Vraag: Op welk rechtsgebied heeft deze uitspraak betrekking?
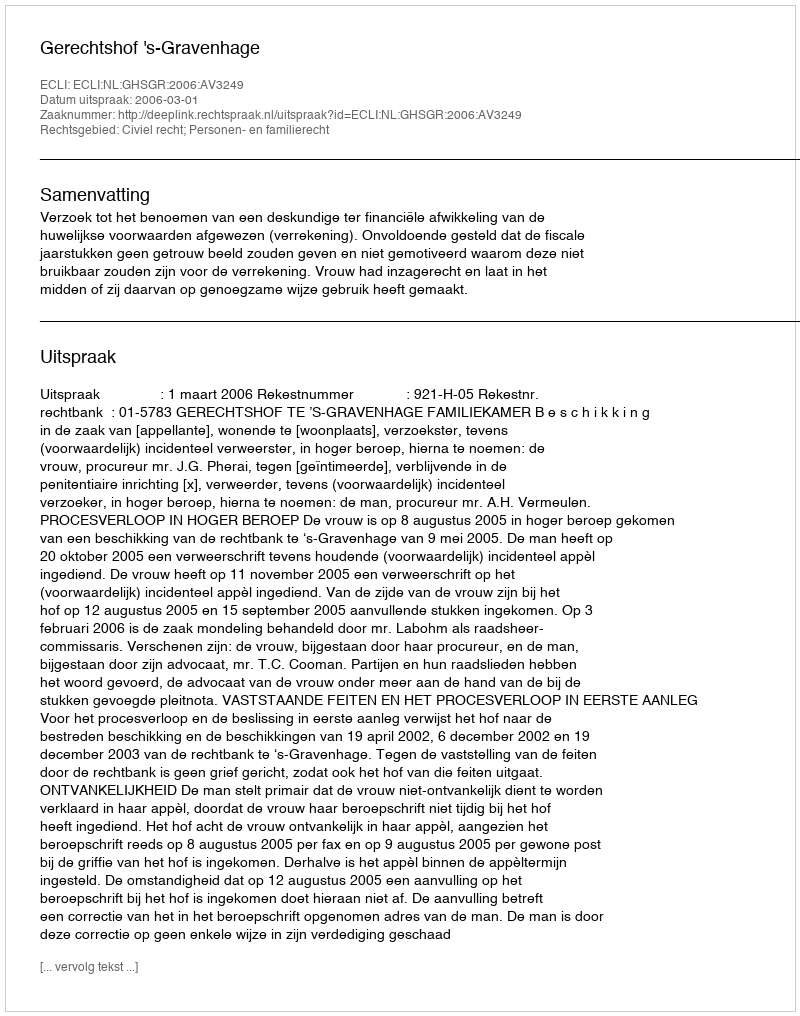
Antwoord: Civiel recht; Personen- en familierecht